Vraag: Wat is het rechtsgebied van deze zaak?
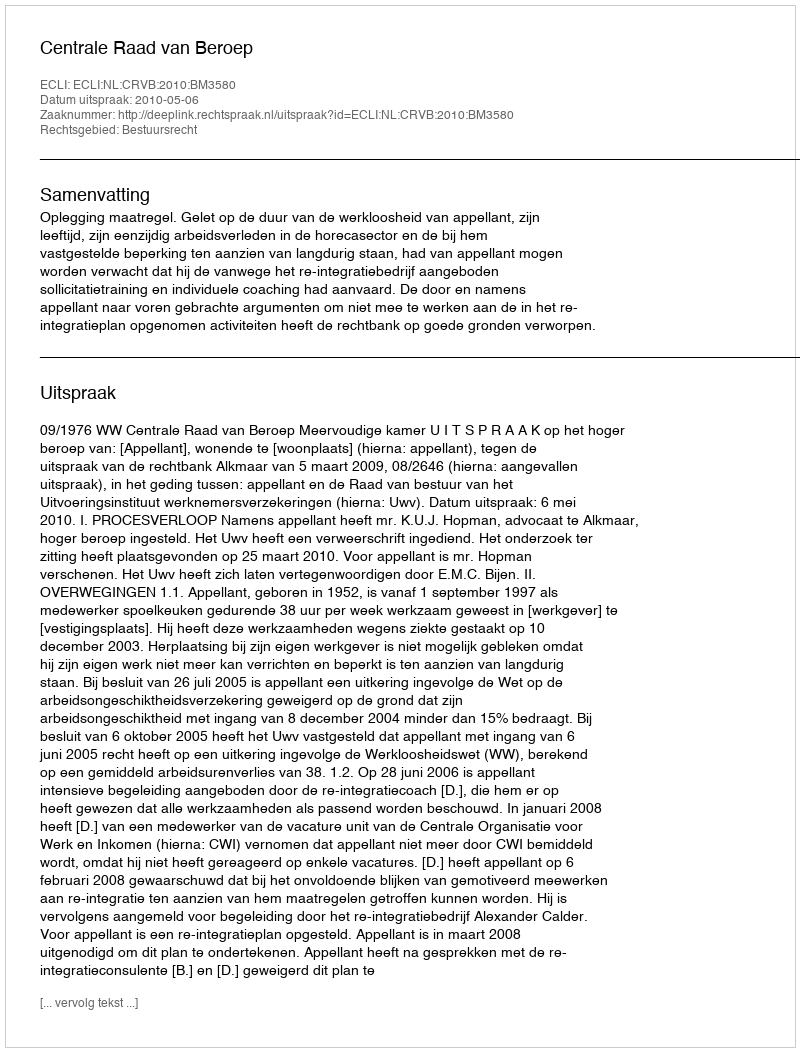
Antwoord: Bestuursrecht